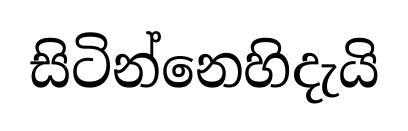
සිටින්නෙහිදැයි